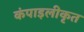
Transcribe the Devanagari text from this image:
कंपाइलीकृत